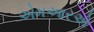
એમઆરએ